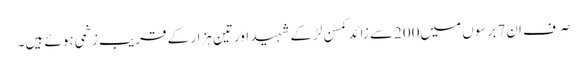
صرف ان7 برسوں میں200سے زائد کمسن لڑکے شہید اورتین ہزار کے قریب زخمی ہوئے ہیں۔